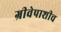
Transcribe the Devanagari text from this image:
ग्रीवेपाशीच